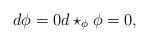
LaTeX: \begin{align*}d\phi = 0 d\star_{\phi} \phi = 0,\end{align*}